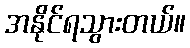
အနိုင်ရသွားတယ်။